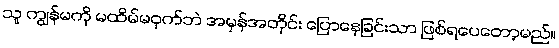
သူ ကျွန်မကို မထိမ်မဝှက်ဘဲ အမှန်အတိုင်း ပြောနေခြင်းသာ ဖြစ်ရပေတော့မည်။